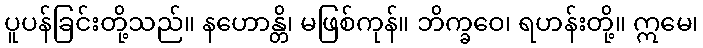
ပူပန်ခြင်းတို့သည်။ နဟောန္တိ၊ မဖြစ်ကုန်။ ဘိက္ခဝေ၊ ရဟန်းတို့။ ဣမေ၊